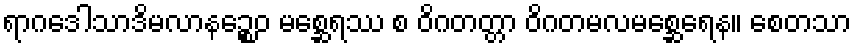
ရာဂဒေါသာဒိမလာနဉ္စေဝ မစ္ဆေရဿ စ ဝိဂတတ္တာ ဝိဂတမလမစ္ဆေရေန။ စေတသာ